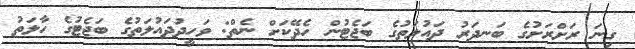
ގިނަ ރަށްރަށުގެ ބަނދަރު ދައުލަތުގެ ބަޖެޓުން ހެދޭކަށް ނެތް: ވަހީދުދައުލަތުގެ ބަޖެޓުގެ ހާލަތު